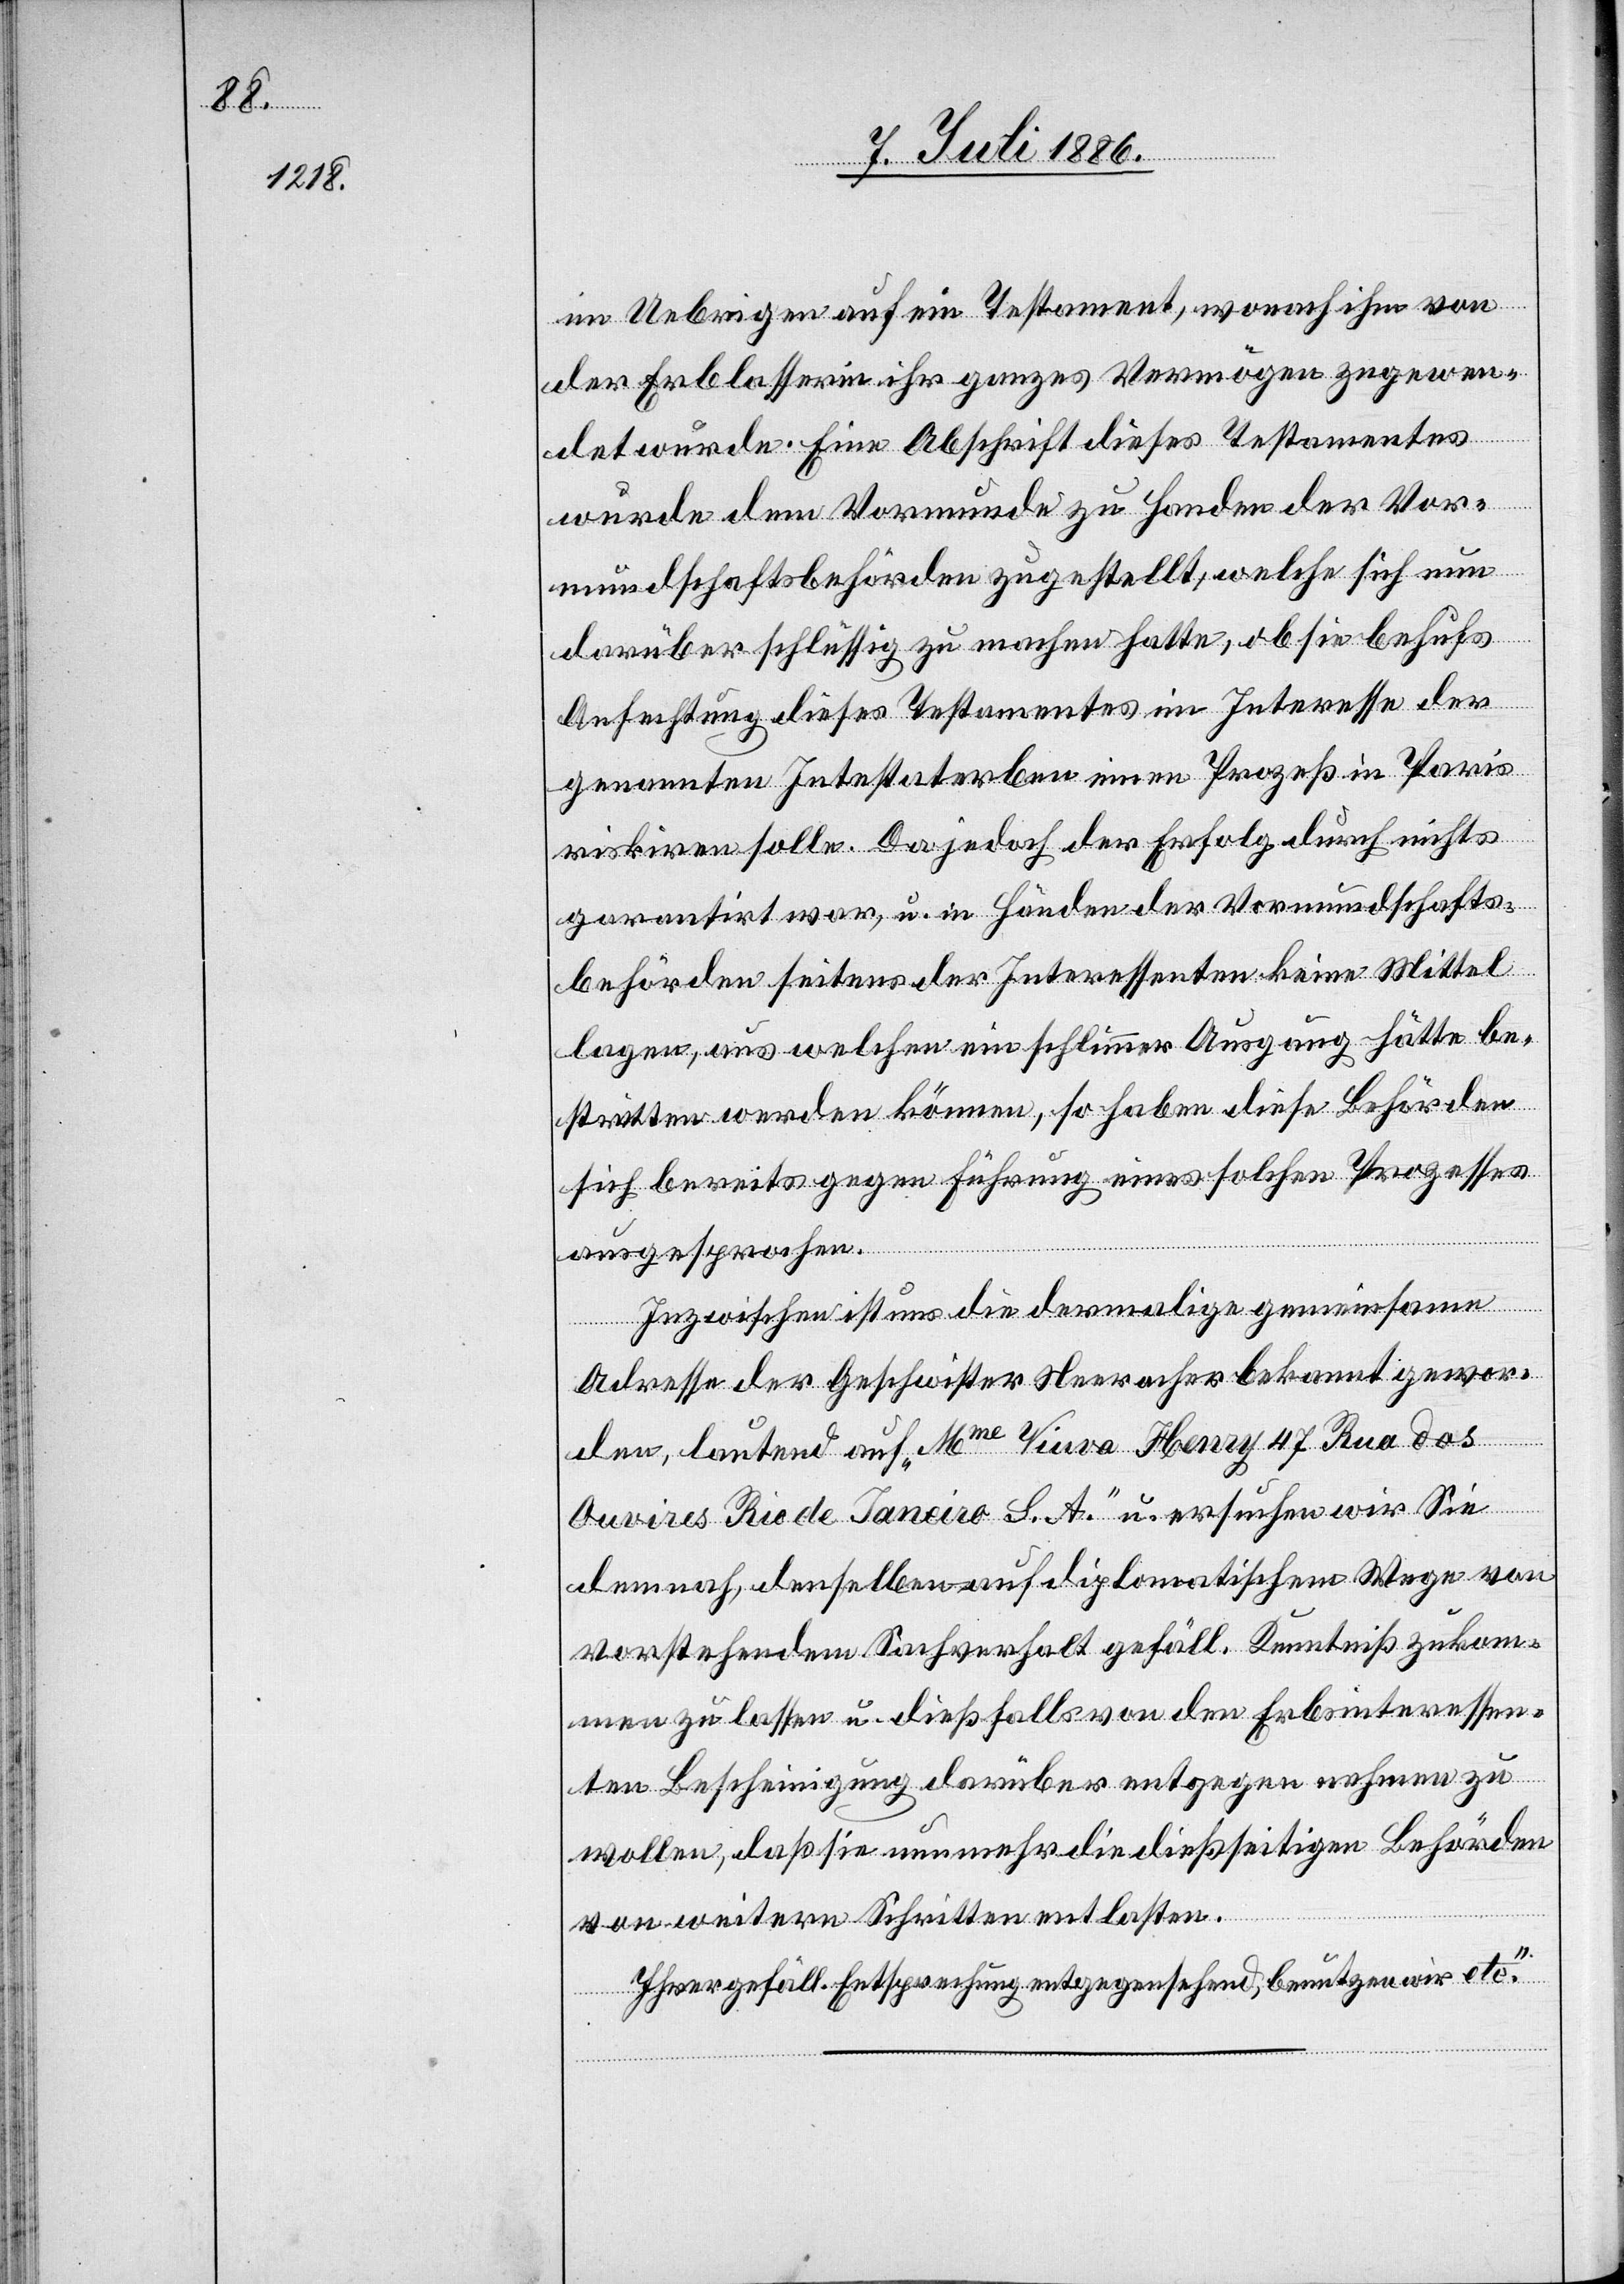
im Uebrigen auf ein Testament, wonach ihm von
der Erblasserin ihr ganzes Vermögen zugewen¬
det wurde. Eine Abschrift dieses Testamentes
wurde dem Vormunde zu Handen der Vor¬
mundschaftsbehörden zugestellt, welche sich nun
darüber schlüssig zu machen hatte, ob sie behufs
Anfechtung dieses Testamentes im Interesse der
genannten Intestaterben einen Prozeß in Paris
riskiren solle. Da jedoch der Erfolg durch nichts
garantirt war, u. in Händen der Vormundschafts¬
behörden seitens der Interessenten keine Mittel
lagen, aus welchen ein schlimmer Ausgang hätte be¬
stritten werden können, so haben diese Behörden
sich bereits gegen Führung eines solchen Prozesses
ausgesprochen.
Inzwischen ist uns die damalige gemeinsame
Adresse der Geschwister Neeracher bekannt gewor¬
den, lautend auf „Mme Viuva Henry 47 Rua dos
Ouvires Rio de Janeiro S. A.“ u. ersuchen wir Sie
demnach, denselben auf diplomatischem Wege von
vorstehendem Sachverhalt gefäll. Kenntniß zukom¬
men zu lassen u. dießfalls von den Erbinteressen¬
ten Bescheinigung darüber entgegen nehmen zu
wollen, daß sie nunmehr die dießseitigen Behörden
von weitern Schritten entlasten.
Ihrer gefäll. Entsprechung entgegensehend, benutzen wir etc.“